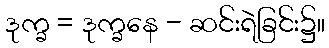
ဒုက္ခ = ဒုက္ခနေ - ဆင်းရဲခြင်း၌။